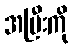
အမြီးကို